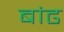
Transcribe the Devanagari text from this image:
बांढ